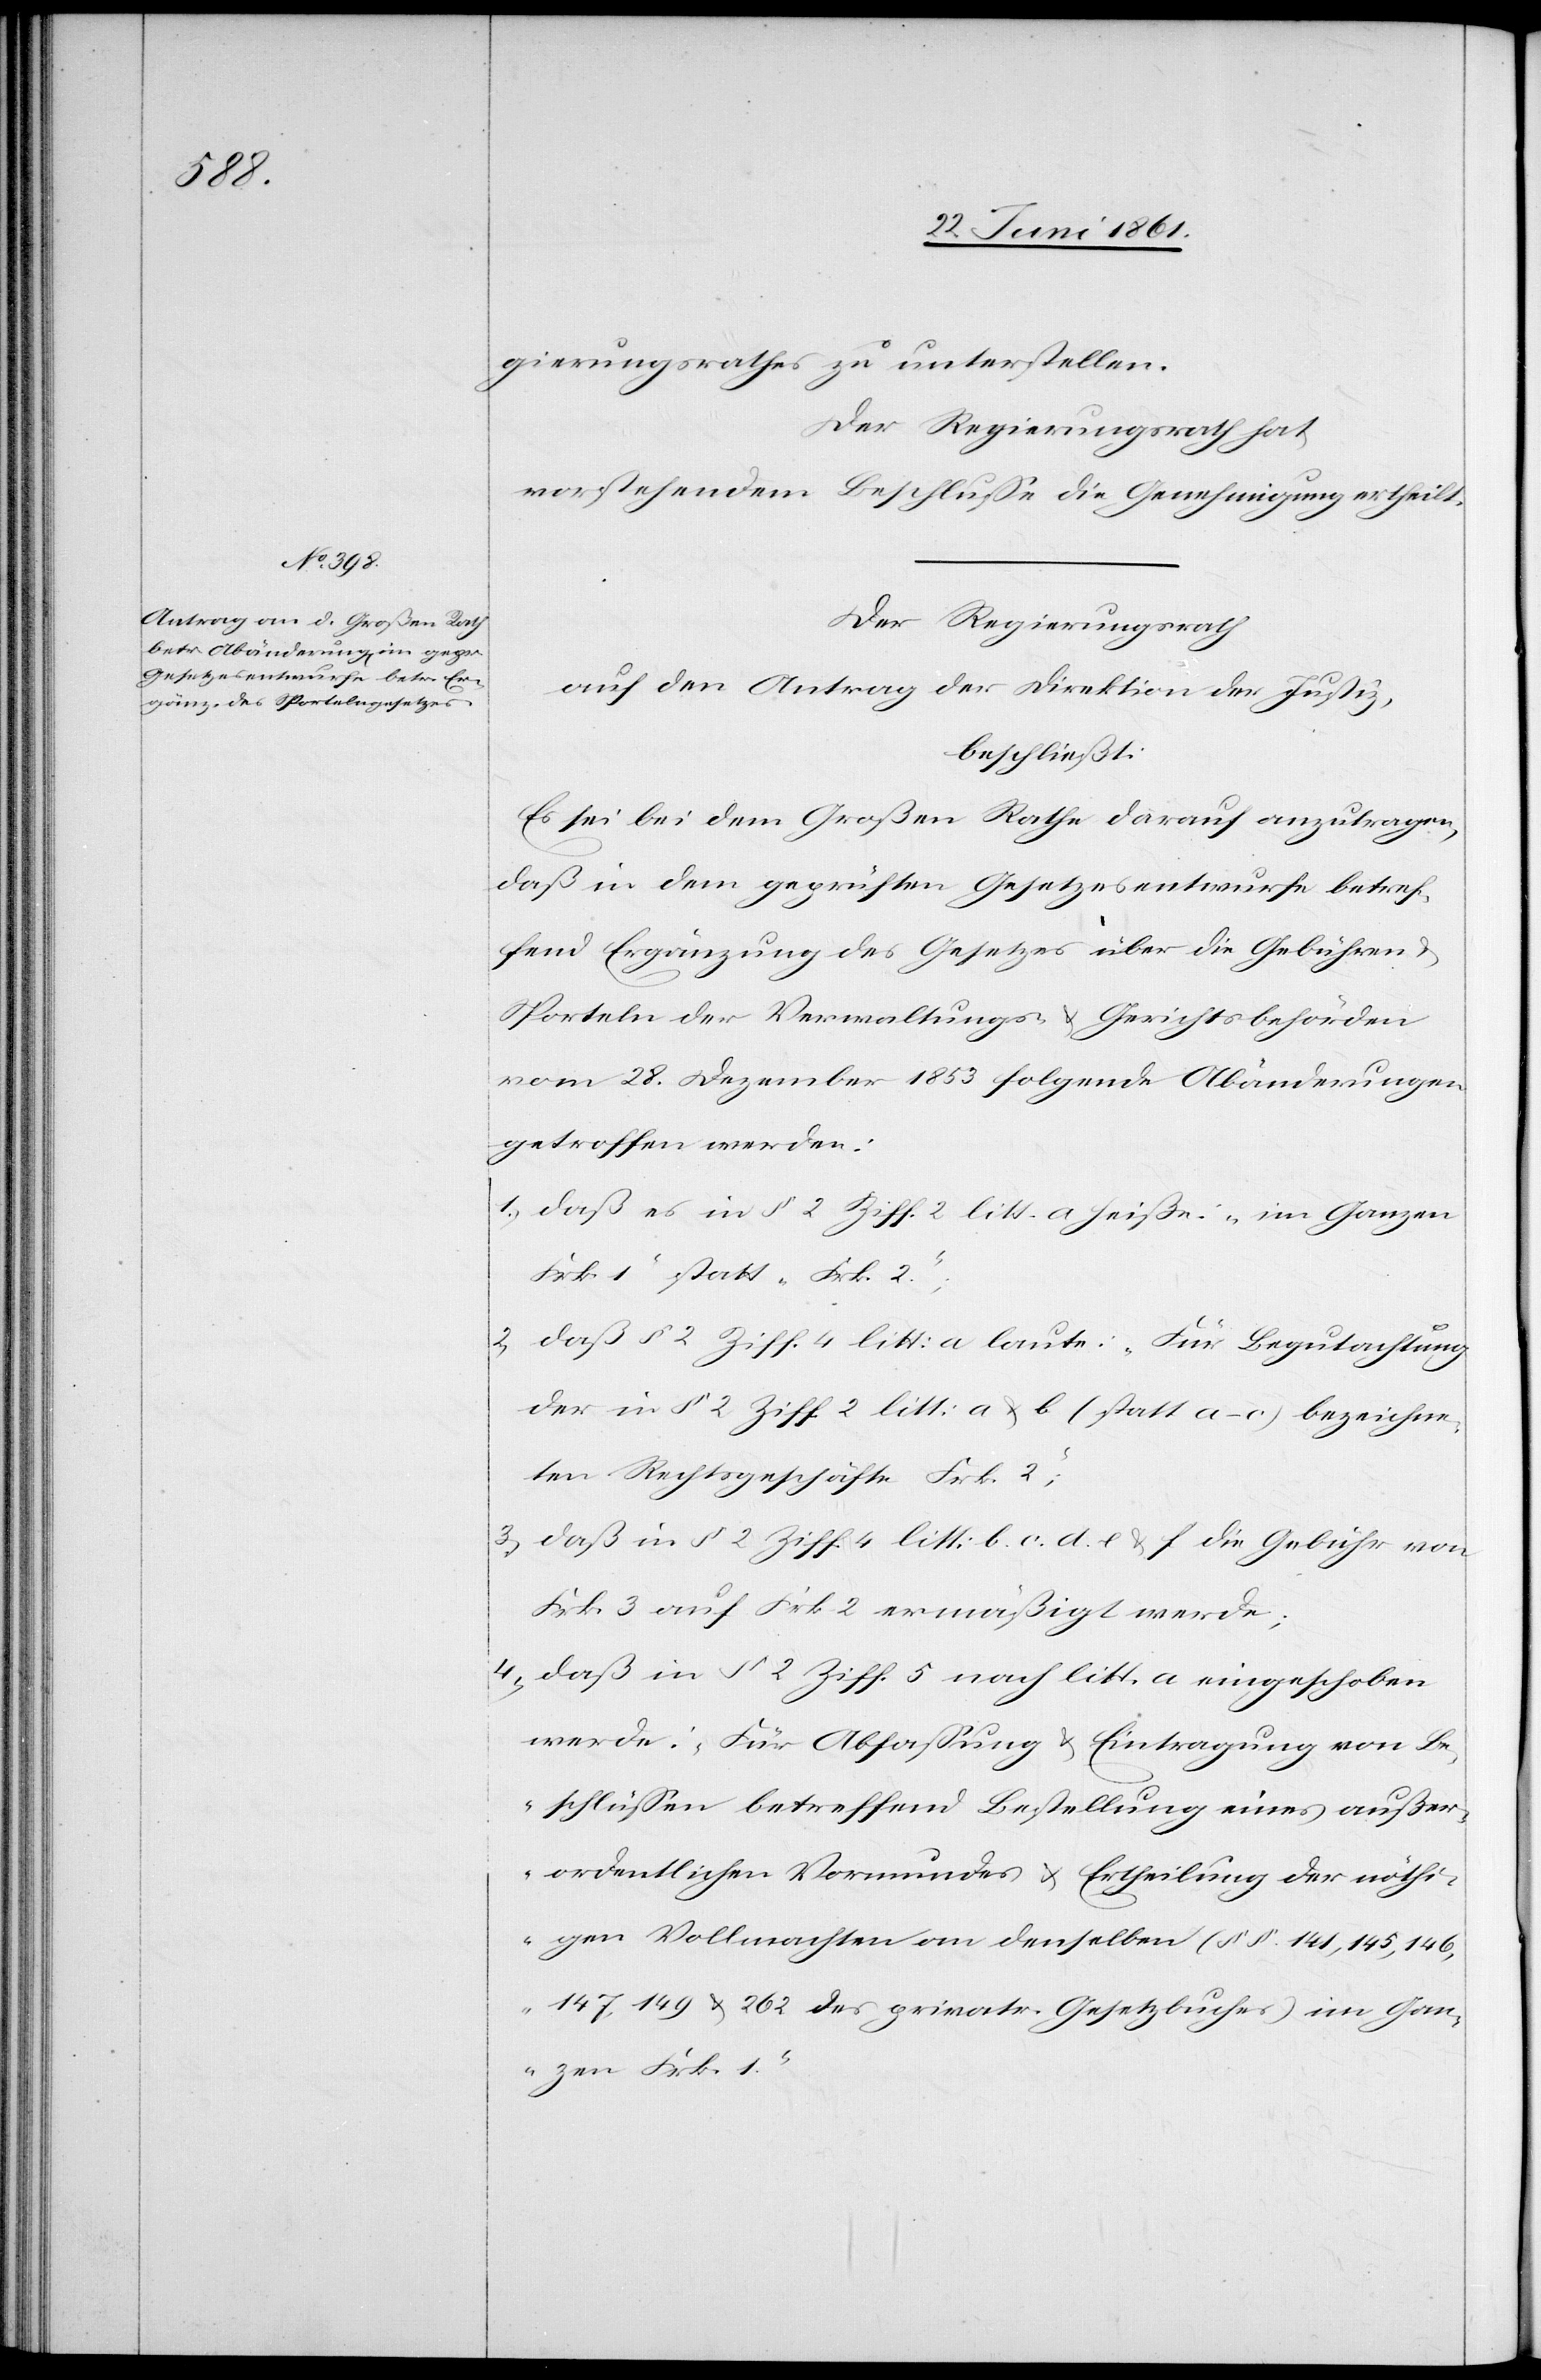
gierungsrathes zu unterstellen.
Der Regierungsrath hat,
vorstehendem Beschlusse die Genehmigung ertheilt.
Der Regierungsrath
auf den Antrag der Direktion der Justiz,
beschließt:
Es sei bei dem Großen Rathe darauf anzutragen,
daß in dem geprüften Gesetzesentwurfe betref¬
fend Ergänzung des Gesetzes über die Gebühren
Sporteln der Verwaltungs- u. Gerichtsbehörden
vom 28. Dezember 1853 folgende Abänderungen
getroffen werden:
1) daß es in § 2 Ziff. 2 litt a heiße: „im Ganzen
Frk. 1“ statt „Frk. 2“;
2) daß § 2 Ziff. 4 litt: a laute: „Für Begutachtung
der in § 2 Ziff. 2 litt: a u. b (statt a–c) bezeichne¬
ten Rechtsgeschäfte Frk. 2“;
3) daß in § 2 Ziff. 4 litt: b.[,] c.[,] d.[,] e. u. f. die Gebühr von
Frk. 3 auf Frk. 2 ermäßigt werde;
4) daß in § 2 Ziff. 5 nach litt. a eingeschoben
werde: „Für Abfassung u. Eintragung von Be¬
schlüssen betreffend Bestellung eines außer¬
ordentlichen Vormundes u. Ertheilung der nöthi¬
gen Vollmachten an denselben (§§ 141, 145, 146,
147, 149 u. 262 des privatr. Gesetzbuches) im Gan¬
zen Frk. 1“